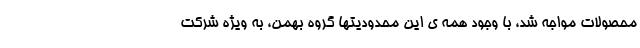
محصولات مواجه شد، با وجود همه ی این محدودیتها گروه بهمن، به ویژه شرکت